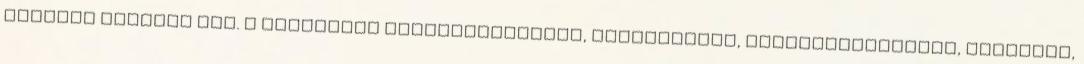
állatot mentett meg. A szervezet problémamegoldó, gazdikereső, szemléletformáló, gyógyító,